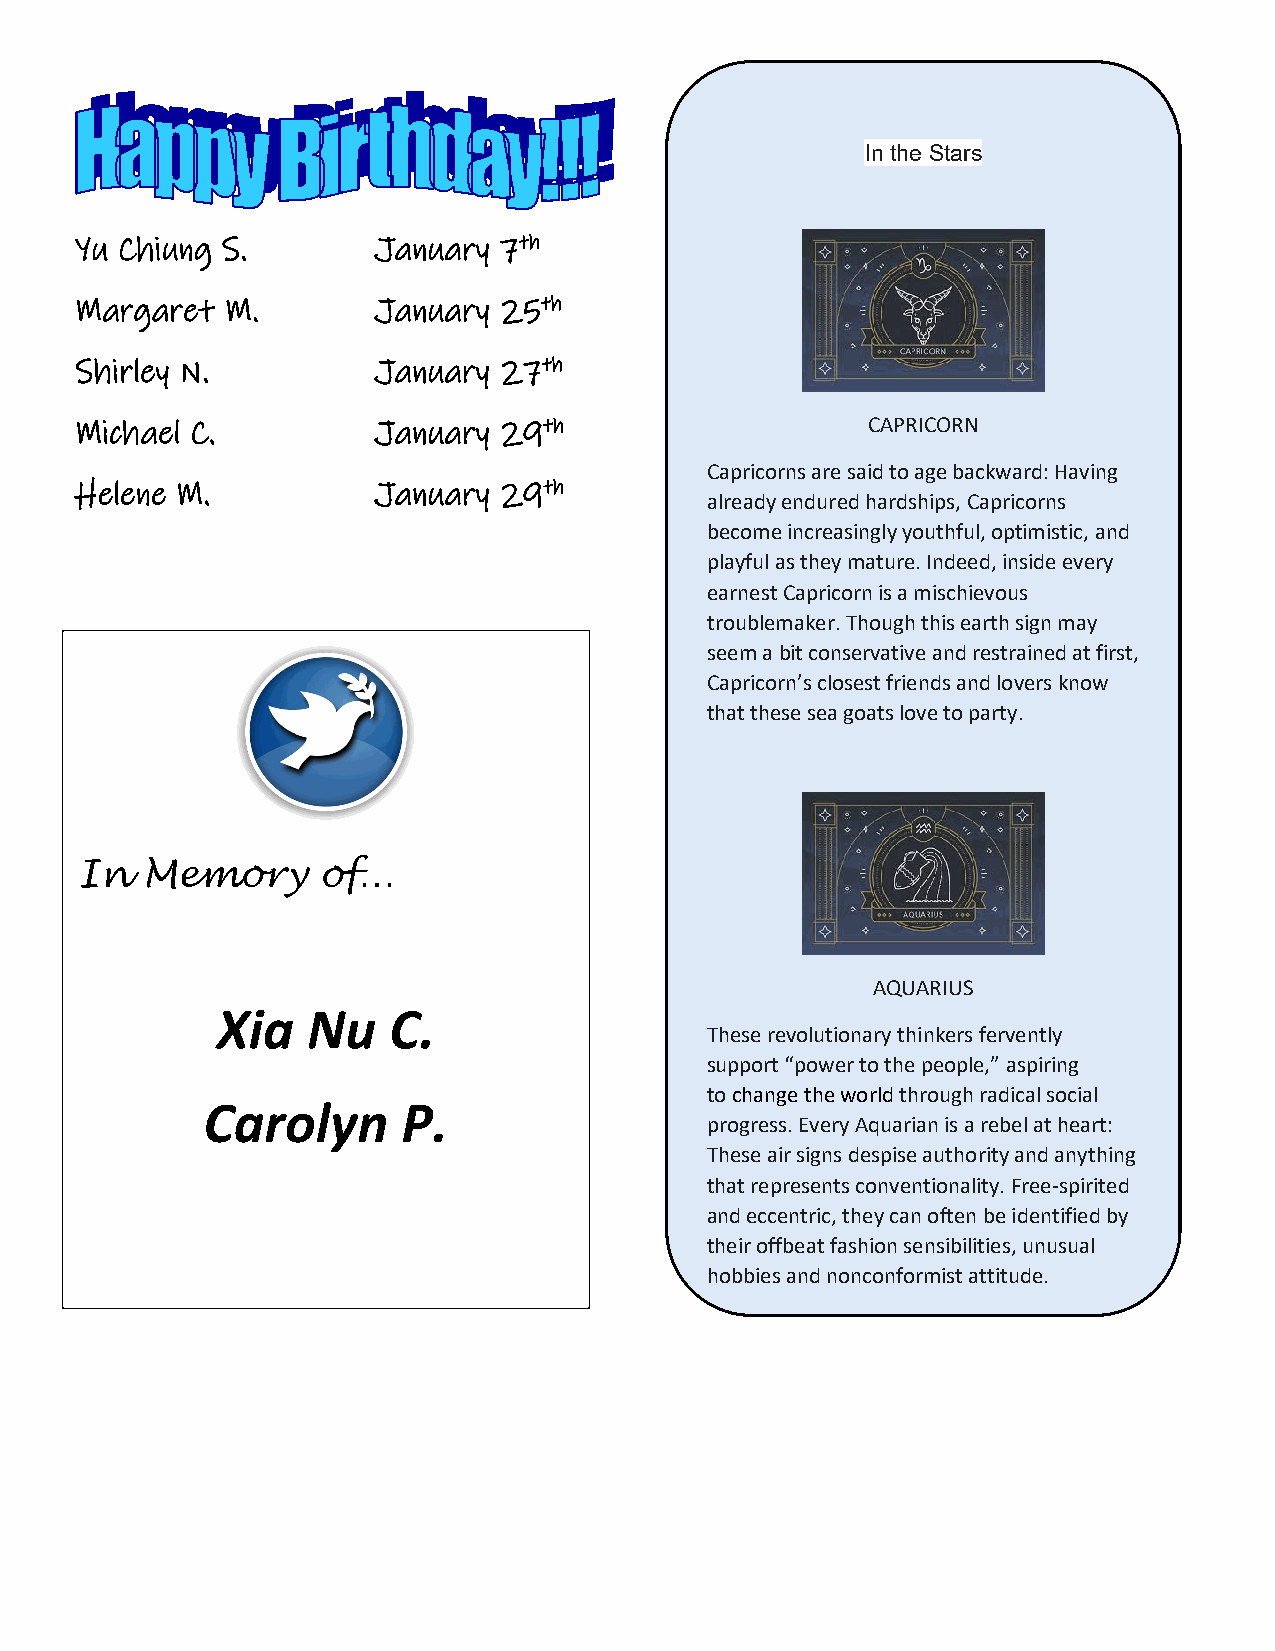
In the Stars
 Yu Chiung S.        January 7th
 Margaret  M.        January 25th
 Shirley N.          January 27th
 Michael C.          January 29th                    CAPRICORN
 Capricorns are said to age backward: Having
 Helene M.           January 29th
 already endured hardships, Capricorns
 become increasingly youthful, optimistic, and
 playful as they mature. Indeed, inside every
 earnest Capricorn is a mischievous
 troublemaker. Though this earth sign may
 seem a bit conservative and restrained at first,
 Capricorn’s closest friends and lovers know
 that these sea goats love to party.
 In  Memory      of…
 AQUARIUS
 Xia   Nu    C.
 These revolutionary thinkers fervently
 support “power to the people,” aspiring
 to change the world through radical social
 Carolyn       P.
 progress. Every Aquarian is a rebel at heart:
 These air signs despise authority and anything
 that represents conventionality. Free-spirited
 and eccentric, they can often be identified by
 their offbeat fashion sensibilities, unusual
 hobbies and nonconformist attitude.